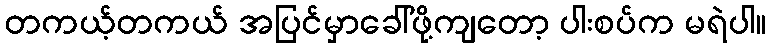
တကယ့်တကယ် အပြင်မှာခေါ်ဖို့ကျတော့ ပါးစပ်က မရဲပါ။